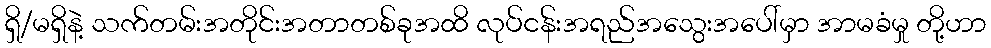
ရှိ/မရှိနဲ့ သက်တမ်းအတိုင်းအတာတစ်ခုအထိ လုပ်ငန်းအရည်အသွေးအပေါ်မှာ အာမခံမှု တို့ဟာ